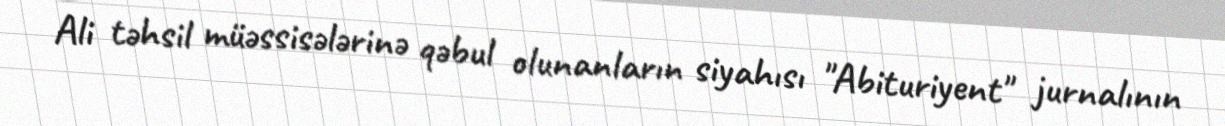
Ali təhsil müəssisələrinə qəbul olunanların siyahısı "Abituriyent" jurnalının